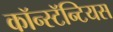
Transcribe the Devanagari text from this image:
कॉन्स्टॅन्टियस